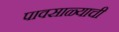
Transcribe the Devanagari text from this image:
पावसाळ्याची